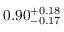
0 . 9 0 _ { - 0 . 1 7 } ^ { + 0 . 1 8 }